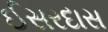
ઈસરદાસ